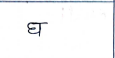
मजकूर: घ